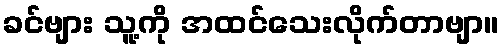
ခင်ဗျား သူ့ကို အထင်သေးလိုက်တာဗျာ။